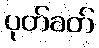
ပုတ်ခတ်